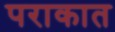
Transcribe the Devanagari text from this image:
पराकात